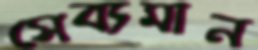
সেব্যমান